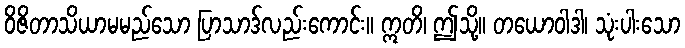
ဝိဇိတာသိယာမမည်သော ပြာသာဒ်လည်းကောင်း။ ဣတိ၊ ဤသို့။ တယောဝါဒါ၊ သုံးပါးသော